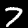
Digit: 7